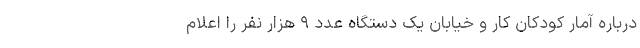
درباره آمار کودکان کار و خیابان یک دستگاه عدد ۹ هزار نفر را اعلام